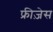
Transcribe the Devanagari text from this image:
फ्रीज़ेस